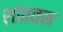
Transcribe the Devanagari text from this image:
शांतवन